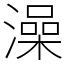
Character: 澡